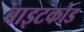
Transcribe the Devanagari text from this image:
बाइटकोड